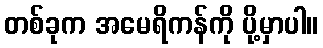
တစ်ခုက အမေရိကန်ကို ပို့မှာပါ။